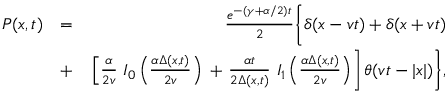
\begin{array} { r l r } { P ( x , t ) } & { = } & { \frac { e ^ { - ( \gamma + \alpha / 2 ) t } } { 2 } \Biggl \{ \delta ( x - v t ) + \delta ( x + v t ) \Biggr . } \\ & { + } & { \left. \left[ \frac { \alpha } { 2 v } \ I _ { 0 } \left( \frac { \alpha \Delta ( x , t ) } { 2 v } \right) \right. \right. + \Biggl . \left. \frac { \alpha t } { 2 \Delta ( x , t ) } \ I _ { 1 } \left( \frac { \alpha \Delta ( x , t ) } { 2 v } \right) \right] \theta ( v t - | x | ) \Biggr \} , } \end{array}